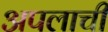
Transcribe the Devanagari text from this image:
अपलाची